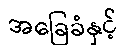
အခြေခံနှင့်